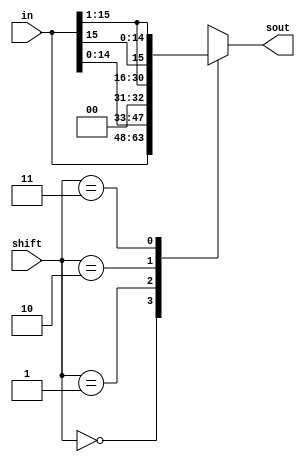
module shifter(in,shift,sout);
  input [15:0] in;
  input [1:0] shift;
  output reg [15:0] sout;
  wire MSB;

  assign MSB = in[15];

  always @* begin // Cases for all the different shift inputs
  case (shift)
  2'b00: sout = in; // nothing
  2'b01: sout = {in[14:0], 1'b0} ; // Shift left
  2'b10: sout = {1'b0, in[15:1]} ; // Shift right MSB is 0
  2'b11: sout = {MSB, in[15:1]} ; // Shift right MSB is copied
  default: sout = 16'bxxxxxxxxxxxxxxxx ;
  endcase

end
endmodule